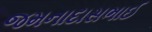
જમનાદાસભાઈ